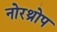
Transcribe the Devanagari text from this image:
नोरथ्रोप